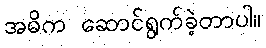
အဓိက ဆောင်ရွက်ခဲ့တာပါ။